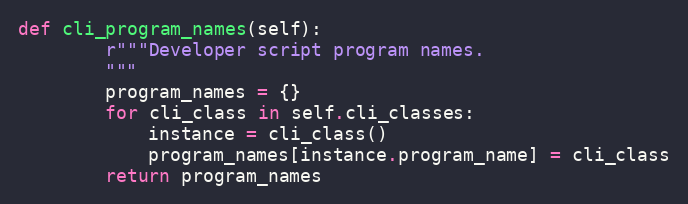
Language: Python
def cli_program_names(self):
        r"""Developer script program names.
        """
        program_names = {}
        for cli_class in self.cli_classes:
            instance = cli_class()
            program_names[instance.program_name] = cli_class
        return program_names